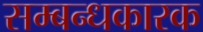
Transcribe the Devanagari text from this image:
सम्बन्धकारक